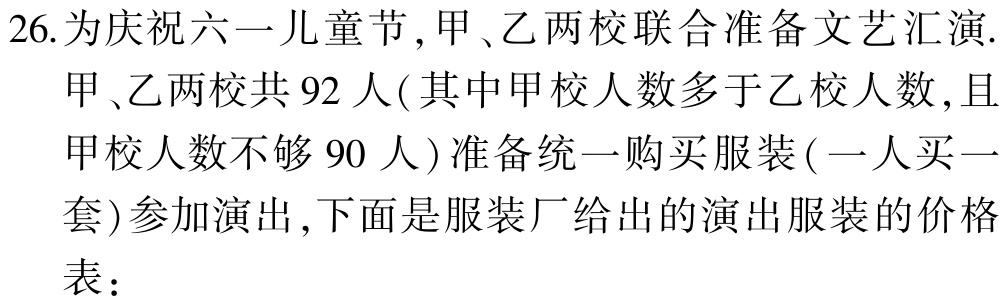
26.为庆祝六一儿童节,甲、乙两校联合准备文艺汇演.

甲、乙两校共92人(其中甲校人数多于乙校人数,且

甲校人数不够90人)准备统一购买服装(一人买一

套)参加演出,下面是服装厂给出的演出服装的价格

表：